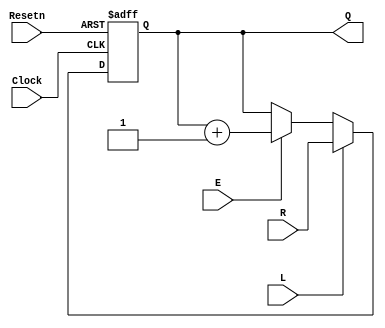
module upcount (R, Resetn, Clock, E, L, Q);
input [3:0] R;
input Resetn, Clock, E, L;
output reg [3:0] Q;

always @(negedge Resetn or posedge Clock)
if (!Resetn)
Q <= 0;
else if(L)
Q <= R;
else if(E)
Q <= Q+1;

endmodule